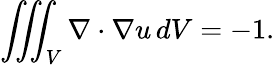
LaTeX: \iiint_{V}\nabla\cdot\nabla u\, dV=-1.